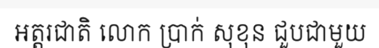
អត្តរជាតិ លោក ប្រាក់ សុខុន ជួបជាមួយ